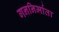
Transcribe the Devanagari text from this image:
गननिर्माता